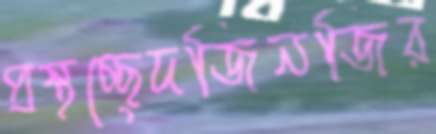
প্রস্থচ্ছেদজিনজির